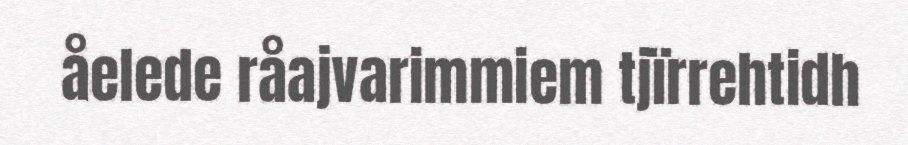
åelede råajvarimmiem tjïrrehtidh